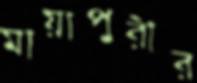
মায়াপুরীর